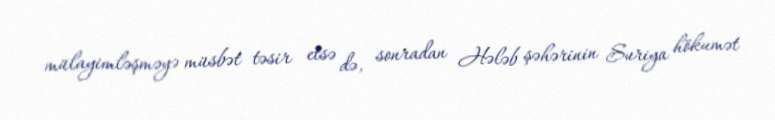
mülayimləşməyə müsbət təsir etsə də, sonradan Hələb şəhərinin Suriya hökumət